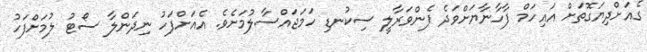
ގެއަށްދިޔަގޮތަށް އައިހަމް ފާހާނާޔަށްވަދެ ފެންވަރާލީ ސިކުނޑި ހަމަޖައްސާލުމަށެވެ. އެއަށްފަހު ނިދަންލާ ސޯޓު ލުމަށްފަހު